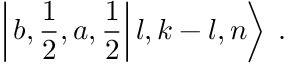
\left| \left. b , \frac { 1 } { 2 } , a , \frac { 1 } { 2 } \right| l , k - l , n \right\rangle \: .